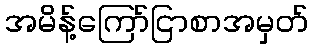
အမိန့်ကြော်ငြာစာအမှတ်